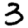
Digit: 3